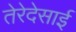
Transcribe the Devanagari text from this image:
तेरेदेसाई